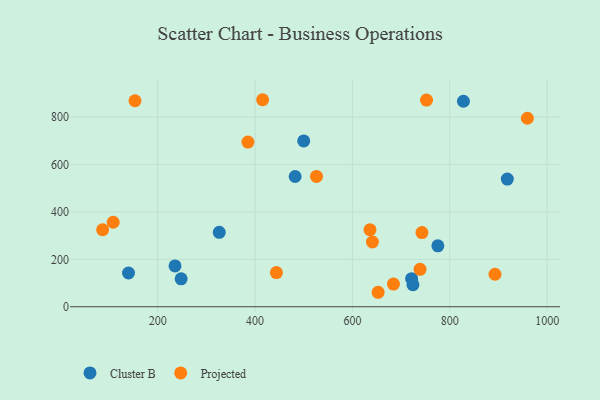
{"axis": {"x": "Distance", "y": "Salary"}, "legend": ["Cluster B", "Projected"], "data": [{"x": "828.1", "y": 866.6, "type": "Cluster B"}, {"x": "482.3", "y": 549.4, "type": "Cluster B"}, {"x": "248.1", "y": 117.8, "type": "Cluster B"}, {"x": "140.0", "y": 142.3, "type": "Cluster B"}, {"x": "721.6", "y": 118.4, "type": "Cluster B"}, {"x": "326.4", "y": 314.0, "type": "Cluster B"}, {"x": "775.5", "y": 257.1, "type": "Cluster B"}, {"x": "918.2", "y": 538.3, "type": "Cluster B"}, {"x": "724.3", "y": 92.9, "type": "Cluster B"}, {"x": "499.9", "y": 699.5, "type": "Cluster B"}, {"x": "235.5", "y": 172.4, "type": "Cluster B"}, {"x": "752.2", "y": 871.7, "type": "Projected"}, {"x": "652.8", "y": 61.1, "type": "Projected"}, {"x": "526.2", "y": 549.6, "type": "Projected"}, {"x": "892.9", "y": 137.1, "type": "Projected"}, {"x": "385.3", "y": 694.5, "type": "Projected"}, {"x": "641.1", "y": 273.1, "type": "Projected"}, {"x": "415.5", "y": 873.1, "type": "Projected"}, {"x": "742.8", "y": 312.7, "type": "Projected"}, {"x": "959.4", "y": 795.0, "type": "Projected"}, {"x": "738.9", "y": 158.0, "type": "Projected"}, {"x": "108.5", "y": 356.5, "type": "Projected"}, {"x": "443.8", "y": 144.3, "type": "Projected"}, {"x": "684.3", "y": 95.8, "type": "Projected"}, {"x": "86.8", "y": 324.7, "type": "Projected"}, {"x": "153.3", "y": 868.8, "type": "Projected"}, {"x": "636.1", "y": 324.8, "type": "Projected"}]}